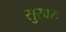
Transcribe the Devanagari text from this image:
सुरवरः